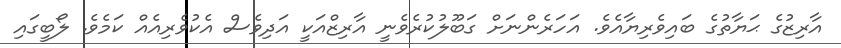
އާރިޒުގެ ޙަޔާތުގެ ބައިވެރިޔާއެވެ. އަހަރެންނަށް ގަބޫލުކުރެވެނީ އާރިޒްއަކީ އަދިވެސް އެކުވެރިއެއް ކަމެވެ. ލޯބީގައި